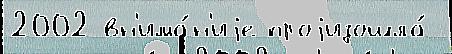
2002 вн'има́н'иjе проjизошла́